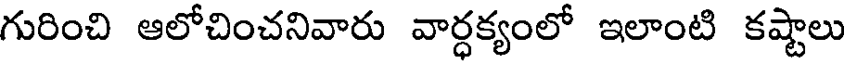
గురించి ఆలోచించనివారు వార్ధక్యంలో ఇలాంటి కష్టాలు